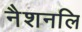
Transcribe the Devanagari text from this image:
नैशनलि